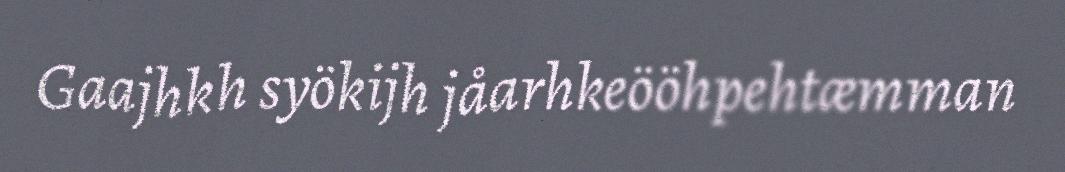
Gaajhkh syökijh jåarhkeööhpehtæmman